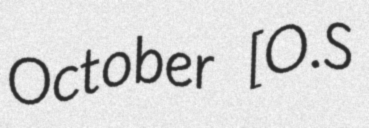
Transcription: October [O.S